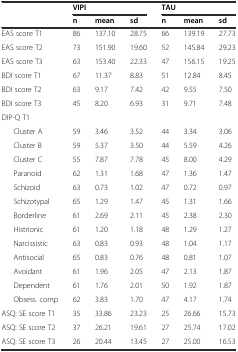
<table><thead><tr><td></td><td colspan="3"><b>VIPI</b></td><td colspan="3"><b>TAU</b></td></tr><tr><td></td><td><b>n</b></td><td><b>mean</b></td><td><b>sd</b></td><td><b>n</b></td><td><b>mean</b></td><td><b>sd</b></td></tr></thead><tbody><tr><td>EAS score T1</td><td>86</td><td>137.10</td><td>28.75</td><td>66</td><td>139.19</td><td>27.73</td></tr><tr><td>EAS score T2</td><td>73</td><td>151.90</td><td>19.60</td><td>52</td><td>145.84</td><td>29.23</td></tr><tr><td>EAS score T3</td><td>63</td><td>153.40</td><td>22.33</td><td>47</td><td>156.15</td><td>19.25</td></tr><tr><td>BDI score T1</td><td>67</td><td>11.37</td><td>8.83</td><td>51</td><td>12.84</td><td>8.45</td></tr><tr><td>BDI score T2</td><td>63</td><td>9.17</td><td>7.42</td><td>42</td><td>9.55</td><td>7.50</td></tr><tr><td>BDI score T3</td><td>45</td><td>8.20</td><td>6.93</td><td>31</td><td>9.71</td><td>7.48</td></tr><tr><td>DIP-Q T1</td><td></td><td></td><td></td><td></td><td></td><td></td></tr><tr><td>Cluster A</td><td>59</td><td>3.46</td><td>3.52</td><td>44</td><td>3.34</td><td>3.06</td></tr><tr><td>Cluster B</td><td>59</td><td>5.37</td><td>3.50</td><td>44</td><td>5.59</td><td>4.26</td></tr><tr><td>Cluster C</td><td>55</td><td>7.87</td><td>7.78</td><td>45</td><td>8.00</td><td>4.29</td></tr><tr><td>Paranoid</td><td>62</td><td>1.31</td><td>1.68</td><td>47</td><td>1.36</td><td>1.47</td></tr><tr><td>Schizoid</td><td>63</td><td>0.73</td><td>1.02</td><td>47</td><td>0.72</td><td>0.97</td></tr><tr><td>Schizotypal</td><td>65</td><td>1.29</td><td>1.47</td><td>45</td><td>1.31</td><td>1.66</td></tr><tr><td>Borderline</td><td>61</td><td>2.69</td><td>2.11</td><td>45</td><td>2.38</td><td>2.30</td></tr><tr><td>Histrionic</td><td>61</td><td>1.20</td><td>1.18</td><td>48</td><td>1.29</td><td>1.27</td></tr><tr><td>Narcissistic</td><td>63</td><td>0.83</td><td>0.93</td><td>48</td><td>1.04</td><td>1.17</td></tr><tr><td>Antisocial</td><td>65</td><td>0.83</td><td>0.76</td><td>48</td><td>0.81</td><td>1.07</td></tr><tr><td>Avoidant</td><td>61</td><td>1.96</td><td>2.05</td><td>47</td><td>2.13</td><td>1.87</td></tr><tr><td>Dependent</td><td>61</td><td>1.76</td><td>2.01</td><td>50</td><td>1.92</td><td>1.87</td></tr><tr><td>Obsess. comp</td><td>62</td><td>3.83</td><td>1.70</td><td>47</td><td>4.17</td><td>1.74</td></tr><tr><td>ASQ: SE score T1</td><td>35</td><td>33.86</td><td>23.23</td><td>25</td><td>26.66</td><td>15.73</td></tr><tr><td>ASQ: SE score T2</td><td>37</td><td>26.21</td><td>19.61</td><td>27</td><td>25.74</td><td>17.02</td></tr><tr><td>ASQ: SE score T3</td><td>26</td><td>20.44</td><td>13.45</td><td>27</td><td>25.00</td><td>16.53</td></tr></tbody></table>